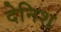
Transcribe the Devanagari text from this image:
देनिश